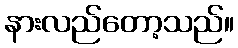
နားလည်တော့သည်။